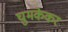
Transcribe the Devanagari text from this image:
घुमकेकर